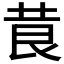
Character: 𮏃